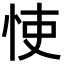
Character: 㤦